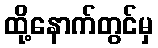
ထို့နောက်တွင်မှ